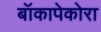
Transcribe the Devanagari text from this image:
बॉकापेकोरा